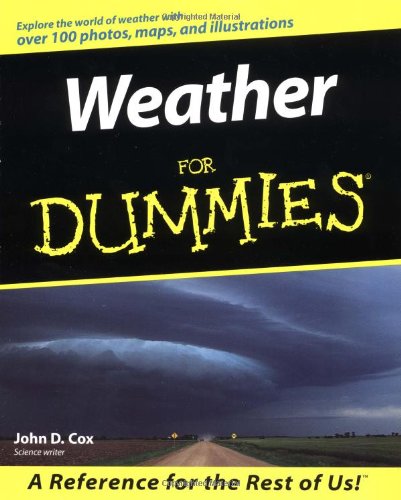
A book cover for Weather For Dummies; John D. Cox; Science & Math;